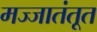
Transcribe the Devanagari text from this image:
मज्जातंतूत